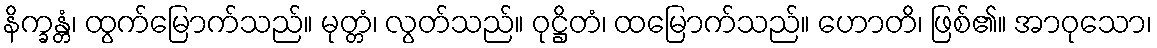
နိက္ခန္တံ၊ ထွက်မြောက်သည်။ မုတ္တံ၊ လွတ်သည်။ ဝုဋ္ဌိတံ၊ ထမြောက်သည်။ ဟောတိ၊ ဖြစ်၏။ အာဝုသော၊